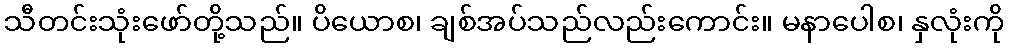
သီတင်းသုံးဖော်တို့သည်။ ပိယောစ၊ ချစ်အပ်သည်လည်းကောင်း။ မနာပေါစ၊ နှလုံးကို